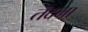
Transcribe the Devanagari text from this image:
तॆदना